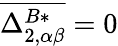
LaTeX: \overline{{\Delta_{2,\alpha\beta}^{B*}}}=0